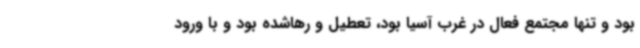
بود و تنها مجتمع فعال در غرب آسیا بود، تعطیل و رهاشده بود و با ورود